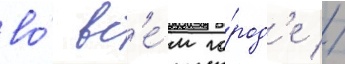
во́ вс'е́м го́род'е //